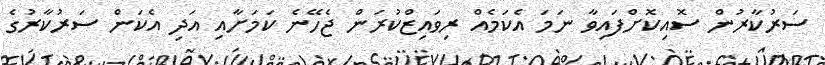
ސަރުކާރުން ސޮއިކޮށްފައިވާ ނަމަ އެކަމެއް ރިވައިޒްކުރަން ޖެހޭނެ ކަމަށާއި އަދި އެކަން ސަރުކާރުގެ